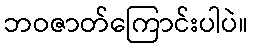
ဘဝဇာတ်ကြောင်းပါပဲ။